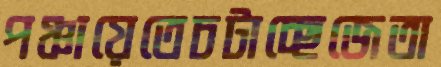
পঞ্চায়েতেচটাচ্ছেজেতা